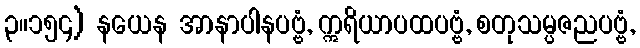
၃။၁၅၄) နယေန အာနာပါနပဗ္ဗံ, ဣရိယာပထပဗ္ဗံ, စတုသမ္ပဇညပဗ္ဗံ,